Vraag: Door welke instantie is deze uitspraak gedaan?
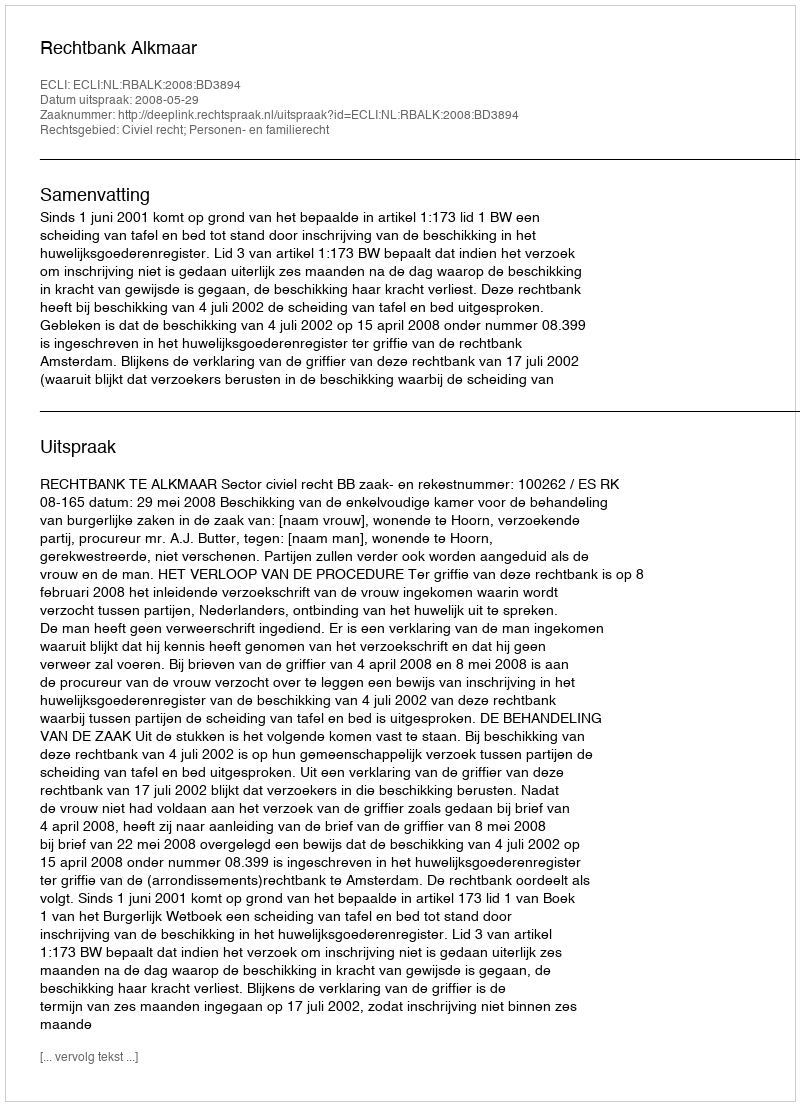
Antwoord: Rechtbank Alkmaar